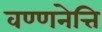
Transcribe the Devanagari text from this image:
वण्णनेत्ति